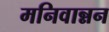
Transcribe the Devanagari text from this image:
मनिवान्नन